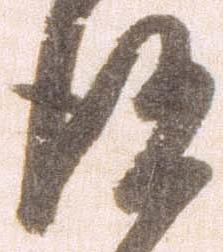
得